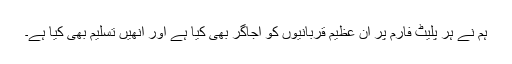
ہم نے ہر پليٹ فارم پر ان عظيم قربانيوں کو اجاگر بھی کيا ہے اور انھيں تسليم بھی کيا ہے۔